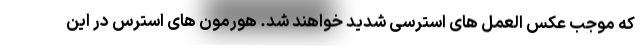
که موجب عکس العمل های استرسی شدید خواهند شد. هورمون های استرس در این